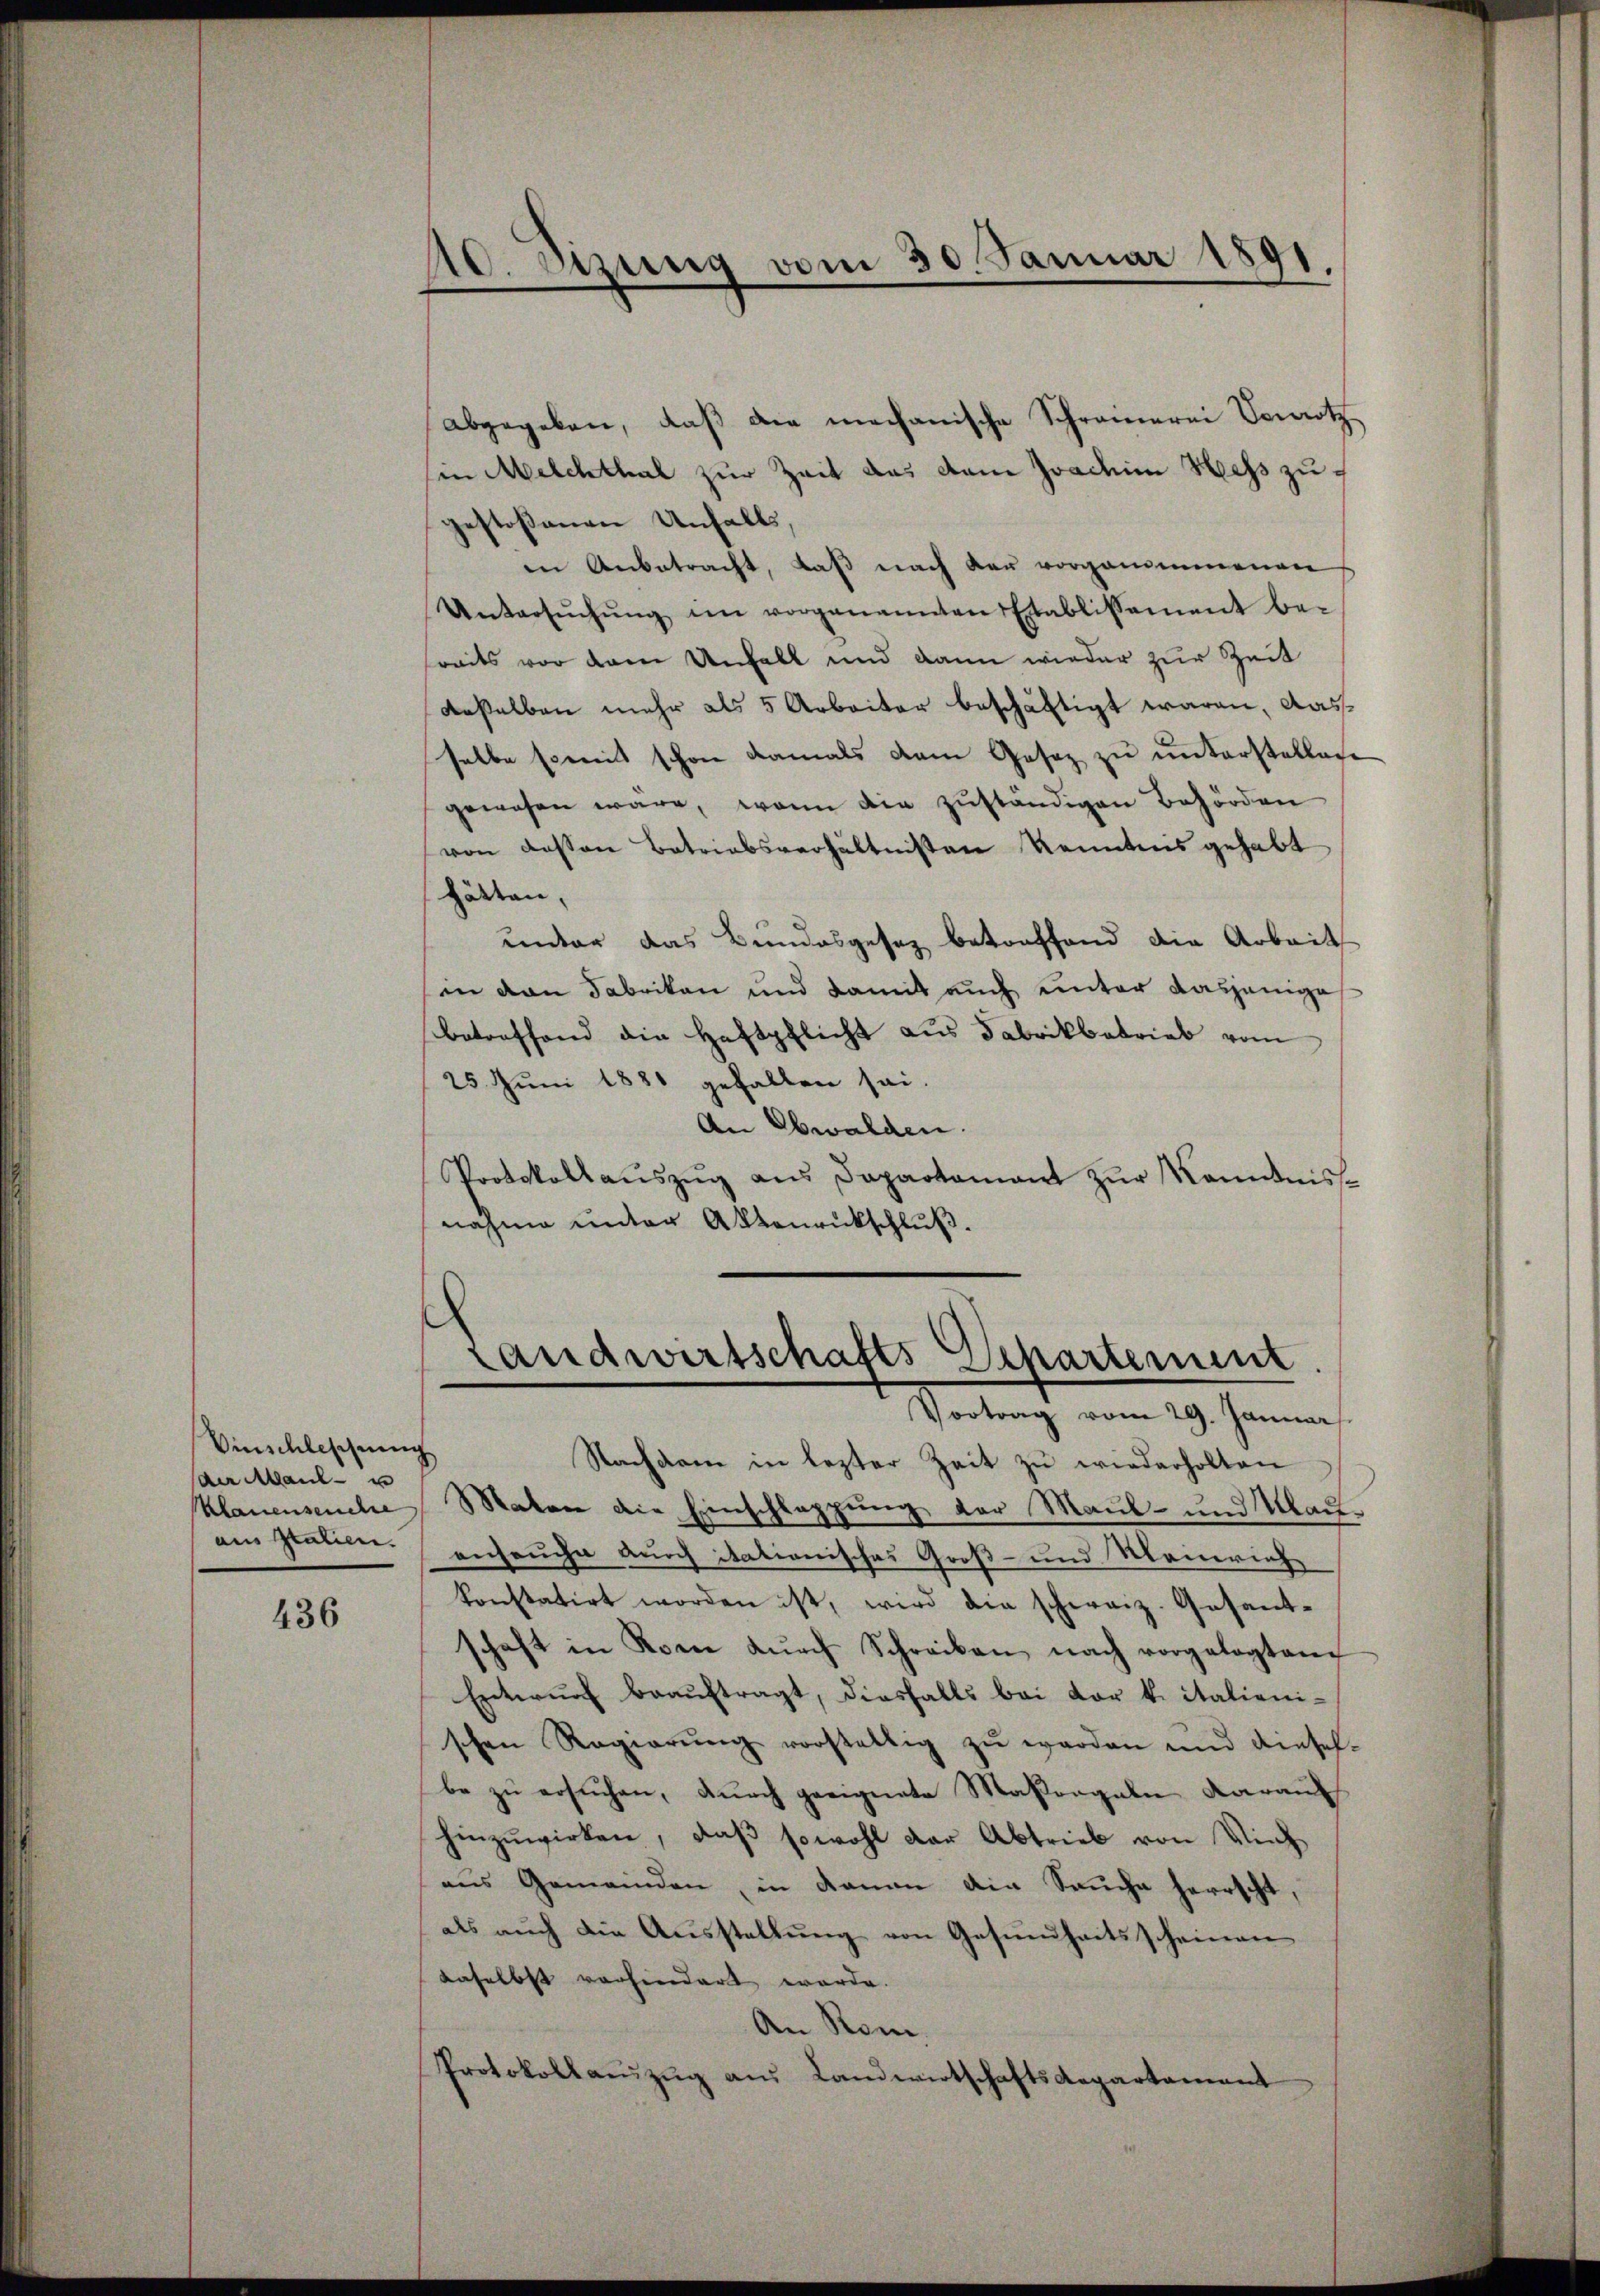
Vinschleschnung
(der Maul- u
Klauenseuche
aus Italien.

436

110. Szung vom 30. Januar 1891.
.

abgegeben, daß die mechanische Schramerei Verrotz
in Melchthal zur Zeit das dem Joachim Hess zugestoßenen Unfalls,
in Anbetracht, daß nach der vorgenommenen
Untersŭchŭng im vorgenannten Etablissement be-
reits vor dem Unfall und dann wieder zur Zeit
daselben mehr als 5 Arbeiter beschäftigt waren, das
selbe soweit schon damals dem Gesez zŭ ŭnterstellen
gewesen wäre, wenn die zŭständigen Behörden
von dessen Betriebsverhältnissen Kenntnis gehabt
hätten,
unter das Bundesgesez betreffend die Arbeit
in den Fabrikon und damit auch unter dasjenige
betreffend die Haftpflicht aus Fabrikbetrieb vom
25. Juni 1881 gefallen sei.
An Obwalden.
Protokollaŭszŭg aŭs Dapartament zŭr Kenntnis-
nahme unter Aktenrückschluß.

Nachdem in lezter Zeit zŭ wiederholten
Maten die Einschlappung der Maul- und Klauenseuche durch itationisches Groß- und Meinrich
konstatirt worden ist, wird die schweiz. Gesant-
schaft in Rom dŭrch Schreiben nach vorgelegten
Entwurf beauftragt, diesfalls bei der k. italienischen Regierŭng vorstellig zŭ werden und anseh-
be zu ersuchen, durch geeignete Maßergeln darau
hinzuwirken, daß sowohl der Abtrieb von Vieh
ans Gemeinden, in dann die Sauche herrscht,
als auch die Ausstellung von Gesundheitsscheinen
daselbst vorhindert werde.
An Rom.
Protokollaezŭg aŭs Landwirtschaftsdepartament

s
Landwirtschafts-Departement
Vortrag vom 29. Januar